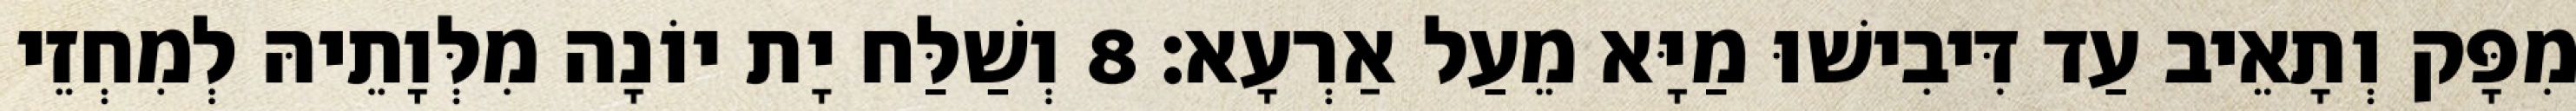
מִפָּק וְתָאֵיב עַד דִּיבִישׁוּ מַיָּא מֵעַל אַרְעָא׃ 8 וְשַׁלַּח יָת יוֹנָה מִלְּוָתֵיהּ לְמִחְזֵי